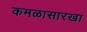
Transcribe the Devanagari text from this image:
कमळासारखा